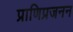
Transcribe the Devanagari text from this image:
प्राणिप्रजनन